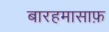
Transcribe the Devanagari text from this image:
बारहमासाफ़